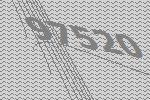
97520